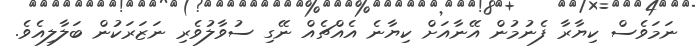
ނަމަވެސް ކިޔާރާ ފެނުމުން އޭނާއަށް ކިޔާނެ އެއްޗެއް ނޭގި ސުވާލުވެރި ނަޒަރަކުން ބަލާލިއެވެ.